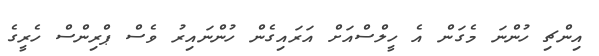
އިންޗި ހުންނަ މެގަން އެ ހީލްސްއަށް އަރައިގެން ހުންނައިރު ވެސް ޕްރިންސް ހެރީގެ